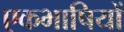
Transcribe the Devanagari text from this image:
एकभाषियों